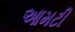
આમટી